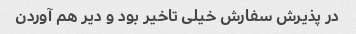
در پذیرش سفارش خیلی تاخیر بود و دیر هم آوردن